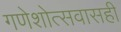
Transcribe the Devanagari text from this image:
गणेशोत्सवासही